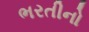
ભરતીનો